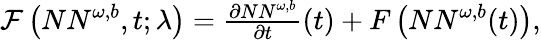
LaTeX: \begin{array}{r}{\mathcal{F}\left({NN}^{\omega,b},t;\lambda\right)=\frac{\partial{NN}^{\omega,b}}{\partial t}(t)+F\left({NN}^{\omega,b}(t)\right),}\end{array}